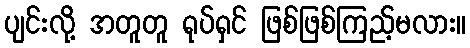
ပျင်းလို့ အတူတူ ရုပ်ရှင် ဖြစ်ဖြစ်ကြည့်မလား။